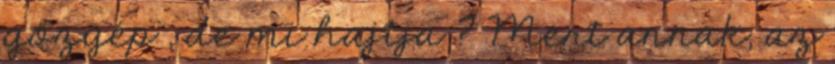
gőzgép , de mi hajtja ? Mert annak, az